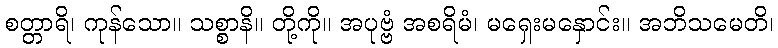
စတ္တာရိ၊ ကုန်သော။ သစ္စာနိ။ တို့ကို။ အပုဗ္ဗံ အစရိမံ၊ မရှေးမနှောင်း။ အဘိသမေတိ၊